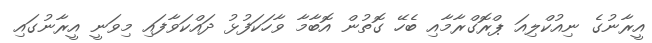
އީރާނުގެ ނިއުކްލިއަ ޕްރޮގްރާމާއި ބެހޭ ގޮތުން އޮބާމާ ވާހަކަފުޅު ދައްކަވާފައި މިވަނީ އީރާނުގައި